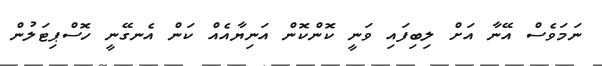
ނަމަވެސް އޭނާ އަށް ލިބިފައި ވަނީ ކޮންކޮން އަނިޔާއެއް ކަން އެނގޭނީ ހޮސްޕިޓަލުން